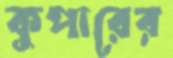
কুপারের